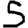
Digit: 5